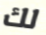
لك